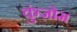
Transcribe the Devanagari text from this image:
कुंज़ोम